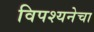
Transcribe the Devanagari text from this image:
विपश्यनेचा